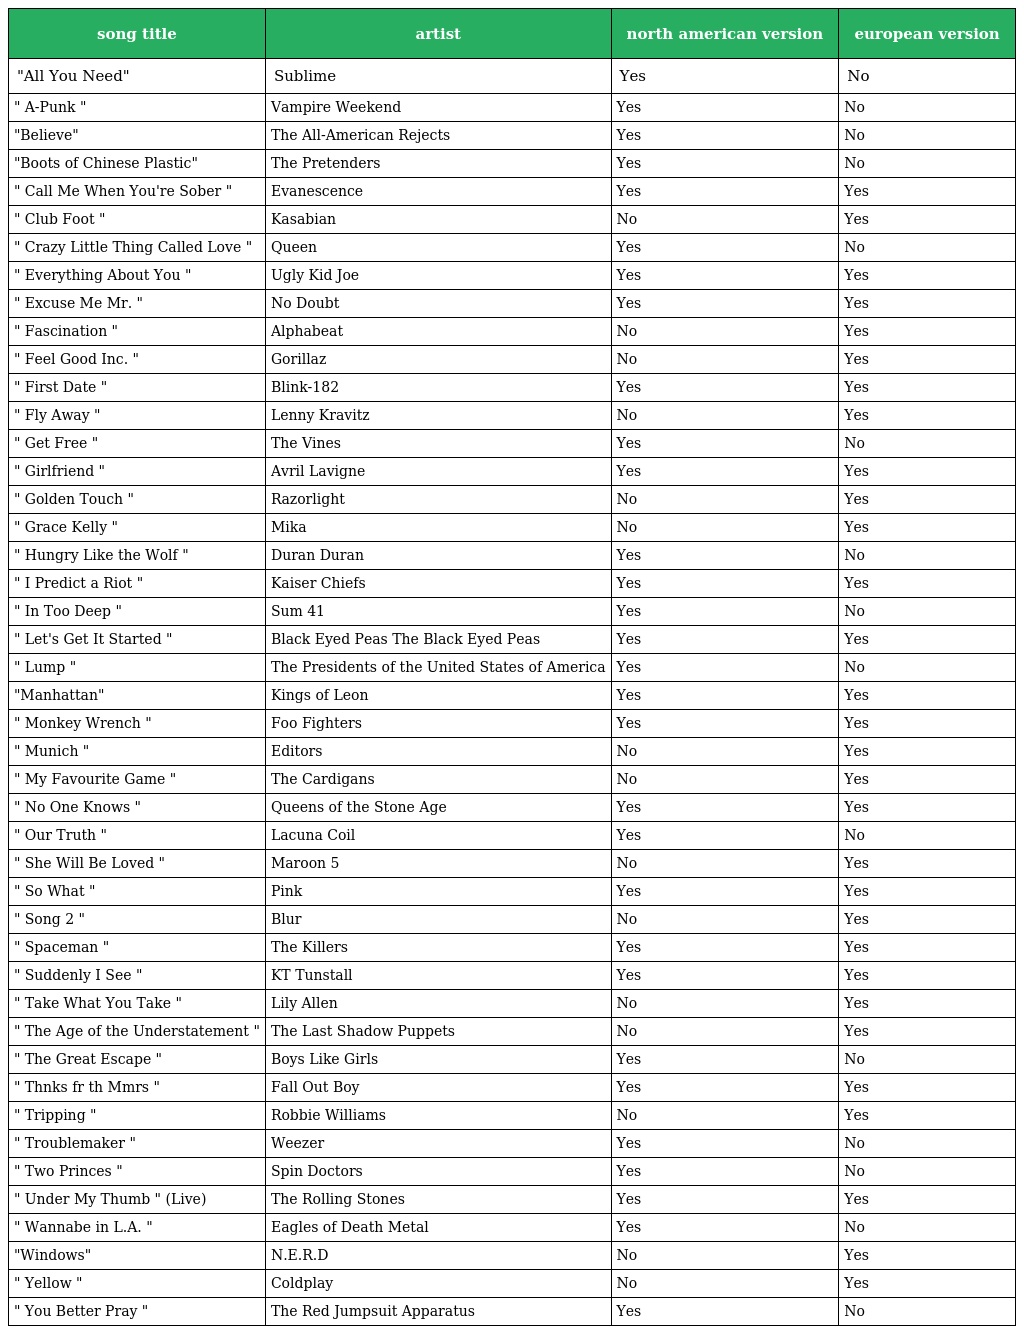
| song title | artist | north american version | european version |
 | --- | --- | --- | --- |
 | "All You Need" | Sublime | Yes | No |
 | " A-Punk " | Vampire Weekend | Yes | No |
 | "Believe" | The All-American Rejects | Yes | No |
 | "Boots of Chinese Plastic" | The Pretenders | Yes | No |
 | " Call Me When You're Sober " | Evanescence | Yes | Yes |
 | " Club Foot " | Kasabian | No | Yes |
 | " Crazy Little Thing Called Love " | Queen | Yes | No |
 | " Everything About You " | Ugly Kid Joe | Yes | Yes |
 | " Excuse Me Mr. " | No Doubt | Yes | Yes |
 | " Fascination " | Alphabeat | No | Yes |
 | " Feel Good Inc. " | Gorillaz | No | Yes |
 | " First Date " | Blink-182 | Yes | Yes |
 | " Fly Away " | Lenny Kravitz | No | Yes |
 | " Get Free " | The Vines | Yes | No |
 | " Girlfriend " | Avril Lavigne | Yes | Yes |
 | " Golden Touch " | Razorlight | No | Yes |
 | " Grace Kelly " | Mika | No | Yes |
 | " Hungry Like the Wolf " | Duran Duran | Yes | No |
 | " I Predict a Riot " | Kaiser Chiefs | Yes | Yes |
 | " In Too Deep " | Sum 41 | Yes | No |
 | " Let's Get It Started " | Black Eyed Peas The Black Eyed Peas | Yes | Yes |
 | " Lump " | The Presidents of the United States of America | Yes | No |
 | "Manhattan" | Kings of Leon | Yes | Yes |
 | " Monkey Wrench " | Foo Fighters | Yes | Yes |
 | " Munich " | Editors | No | Yes |
 | " My Favourite Game " | The Cardigans | No | Yes |
 | " No One Knows " | Queens of the Stone Age | Yes | Yes |
 | " Our Truth " | Lacuna Coil | Yes | No |
 | " She Will Be Loved " | Maroon 5 | No | Yes |
 | " So What " | Pink | Yes | Yes |
 | " Song 2 " | Blur | No | Yes |
 | " Spaceman " | The Killers | Yes | Yes |
 | " Suddenly I See " | KT Tunstall | Yes | Yes |
 | " Take What You Take " | Lily Allen | No | Yes |
 | " The Age of the Understatement " | The Last Shadow Puppets | No | Yes |
 | " The Great Escape " | Boys Like Girls | Yes | No |
 | " Thnks fr th Mmrs " | Fall Out Boy | Yes | Yes |
 | " Tripping " | Robbie Williams | No | Yes |
 | " Troublemaker " | Weezer | Yes | No |
 | " Two Princes " | Spin Doctors | Yes | No |
 | " Under My Thumb " (Live) | The Rolling Stones | Yes | Yes |
 | " Wannabe in L.A. " | Eagles of Death Metal | Yes | No |
 | "Windows" | N.E.R.D | No | Yes |
 | " Yellow " | Coldplay | No | Yes |
 | " You Better Pray " | The Red Jumpsuit Apparatus | Yes | No |